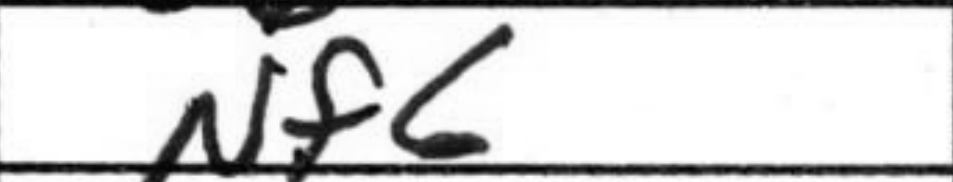
Transcription: Nf6